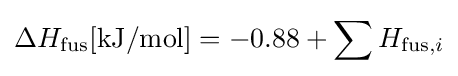
\Delta H_{\text{fus}}[{\text{kJ}}/{\text{mol}}]=-0.88+\sum H_{{\text{fus}},i}